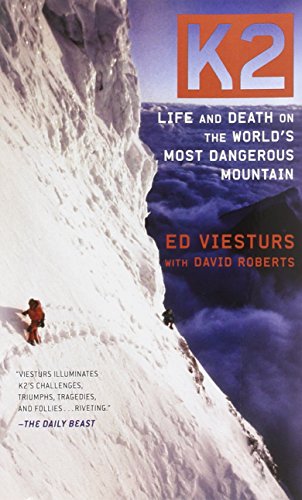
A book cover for K2: Life and Death on the World's Most Dangerous Mountain; Ed Viesturs; Sports & Outdoors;